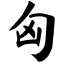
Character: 匈